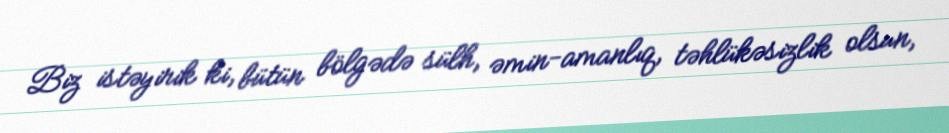
Biz istəyirik ki, bütün bölgədə sülh, əmin-amanlıq, təhlükəsizlik olsun,